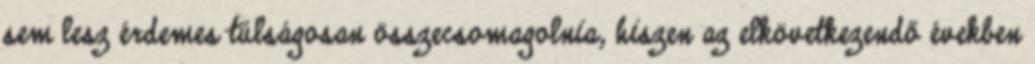
sem lesz érdemes túlságosan összecsomagolnia, hiszen az elkövetkezendő években